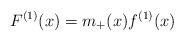
LaTeX: \begin{align*} F^{(1)}(x) = m_+(x)f^{(1)}(x)\end{align*}